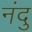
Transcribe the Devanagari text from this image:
नंदु